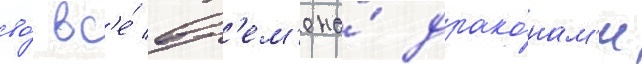
во́ вс'е́ вр'ем'ена́ драко́нам'и